Report of the Indian Hemp Drugs Commission, 1894-1895 - Volume IV
Year: 1894
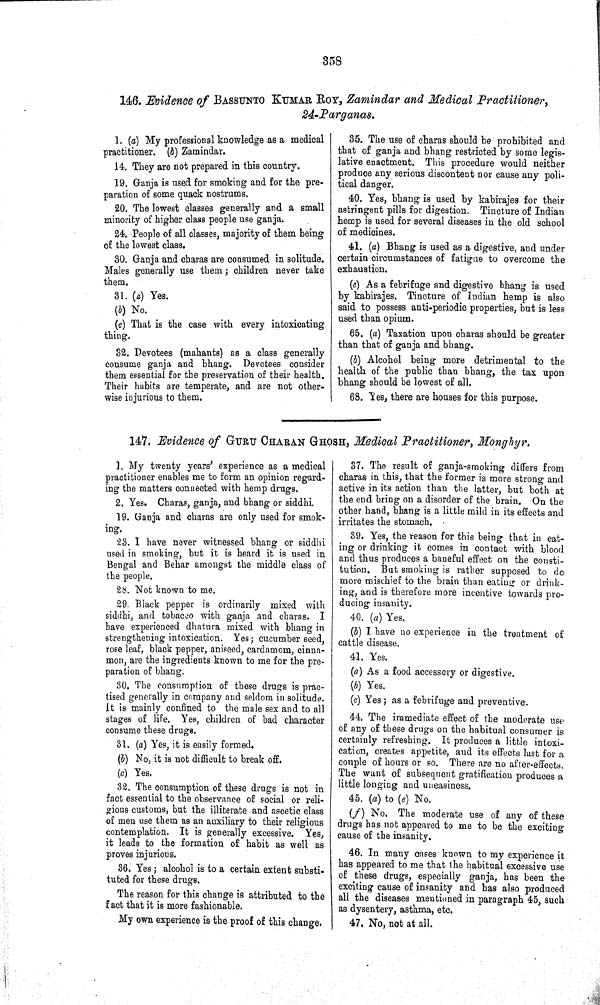
358
146. Evidence of BASSUNTO KUMAR ROY, Zamindar and Medical Practitioner,
24-Parganas.
1. (a) My professional knowledge as a medical
practitioner. (b) Zamindar.
14. They are not prepared in this country.
19. Ganja is used for smoking and for the pre-
paration of some quack nostrums.
20. The lowest classes generally and a small
minority of higher class people use ganja.
24. People of all classes, majority of them being
of the lowest class.
30. Ganja and charas are consumed in solitude.
Males generally use them; children never take
them.
31. (a) Yes.
(b) No.
(c) That is the case with every intoxicating
thing.
32. Devotees (mahants) as a class generally
consume ganja and bhang. Devotees consider
them essential for the preservation of their health.
Their habits are temperate, and are not other-
wise injurious to them.
35. The use of charas should be prohibited and
that of ganja and bhang restricted by some legis-
lative enactment. This procedure would neither
produce any serious discontent nor cause any poli-
tical danger.
40. Yes, bhang is used by kabirajes for their
astringent pills for digestion. Tincture of Indian
hemp is used for several diseases in the old school
of medicines.
41. (a) Bhang is used as a digestive, and under
certain circumstances of fatigue to overcome the
exhaustion.
(c) As a febrifuge and digestive bhang is used
by kabirajes. Tincture of Indian hemp is also
said to possess anti-periodic properties, but is less
used than opium.
65. (a) Taxation upon charas should be greater
than that of ganja and bhang.
(b) Alcohol being more detrimental to the
health of the public than bhang, the tax upon
bhang should be lowest of all.
68. Yes, there are houses for this purpose.
147. Evidence of GURU CHARAN GHOSH, Medical Practitioner, Monghyr.
1. My twenty years' experience as a medical
practitioner enables me to form an opinion regard-
ing the matters connected with hemp drugs.
2. Yes. Charas, ganja, and bhang or siddhi.
19. Ganja and charas are only used for smok-
ing.
23. I have never witnessed bhang or siddhi
used in smoking, but it is heard it is used in
Bengal and Behar amongst the middle class of
the people.
28. Not known to me.
29. Black pepper is ordinarily mixed with
siddhi, and tobacco with ganja and charas. I
have experienced dhatura mixed with bhang in
strengthening intoxication. Yes; cucumber seed,
rose leaf, black pepper, aniseed, cardamom, cinna-
mon, are the ingredients known to me for the pre-
paration of bhang.
30. The consumption of these drugs is prac-
tised generally in company and seldom in solitude.
It is mainly confined to the male sex and to all
stages of life. Yes, children of bad character
consume these drugs.
31. (a) Yes, it is easily formed.
(b) No, it is not difficult to break off.
(c) Yes.
32. The consumption of these drugs is not in
fact essential to the observance of social or reli-
gious customs, but the illiterate and ascetic class
of men use them as an auxiliary to their religious
contemplation. It is generally excessive. Yes,
it leads to the formation of habit as well as
proves injurious.
36. Yes; alcohol is to a certain extent substi-
tuted for these drugs.
The reason for this change is attributed to the
fact that it is more fashionable.
My own experience is the proof of this change.
37. The result of ganja-smoking differs from
charas in this, that the former is more strong and
active in its action than the latter, but both at
the end bring on a disorder of the brain. On the
other hand, bhang is a little mild in its effects and
irritates the stomach.
39. Yes, the reason for this being that in eat-
ing or drinking it comes in contact with blood
and thus produces a baneful effect on the consti-
tution. But smoking is rather supposed to do
more mischief to the brain than eating or drink-
ing, and is therefore more incentive towards pro-
ducing insanity.
40. (a) Yes.
(b) I have no experience in the treatment of
cattle disease.
41. Yes.
(a) As a food accessory or digestive.
(b) Yes.
(c) Yes; as a febrifuge and preventive.
44. The immediate effect of the moderate use
of any of these drugs on the habitual consumer is
certainly refreshing. It produces a little intoxi-
cation, creates appetite, and its effects last for a
couple of hours or so. There are no after-effects.
The want of subsequent gratification produces a
little longing and uneasiness.
45. (a) to (e) No.
(f) No. The moderate use of any of these
drugs has not appeared to me to be the exciting
cause of the insanity.
46. In many cases known to my experience it
has appeared to me that the habitual excessive use
of these drugs, especially ganja, has been the
exciting cause of insanity and has also produced
all the diseases mentioned in paragraph 45, such
as dysentery, asthma, etc.
47. No, not at all.